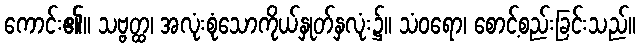
ကောင်း၏။ သဗ္ဗတ္ထ၊ အလုံးစုံသောကိုယ်နှုတ်နှလုံး၌။ သံဝရော၊ စောင့်စည်းခြင်းသည်။